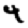
Digit: 4